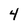
Character: 4